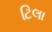
ટિલા